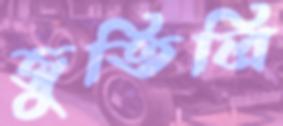
জুতিলি